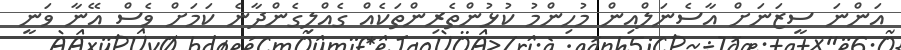
އަންނަ ސީޒަނަށް އާސެނަލްއިން މުހިންމު ކުޅުންތެރިންތަކެއް ގެއްލިގެންދާނެ ކަމަށް ވެސް އޭނާ ވަނީ